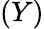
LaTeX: (Y)